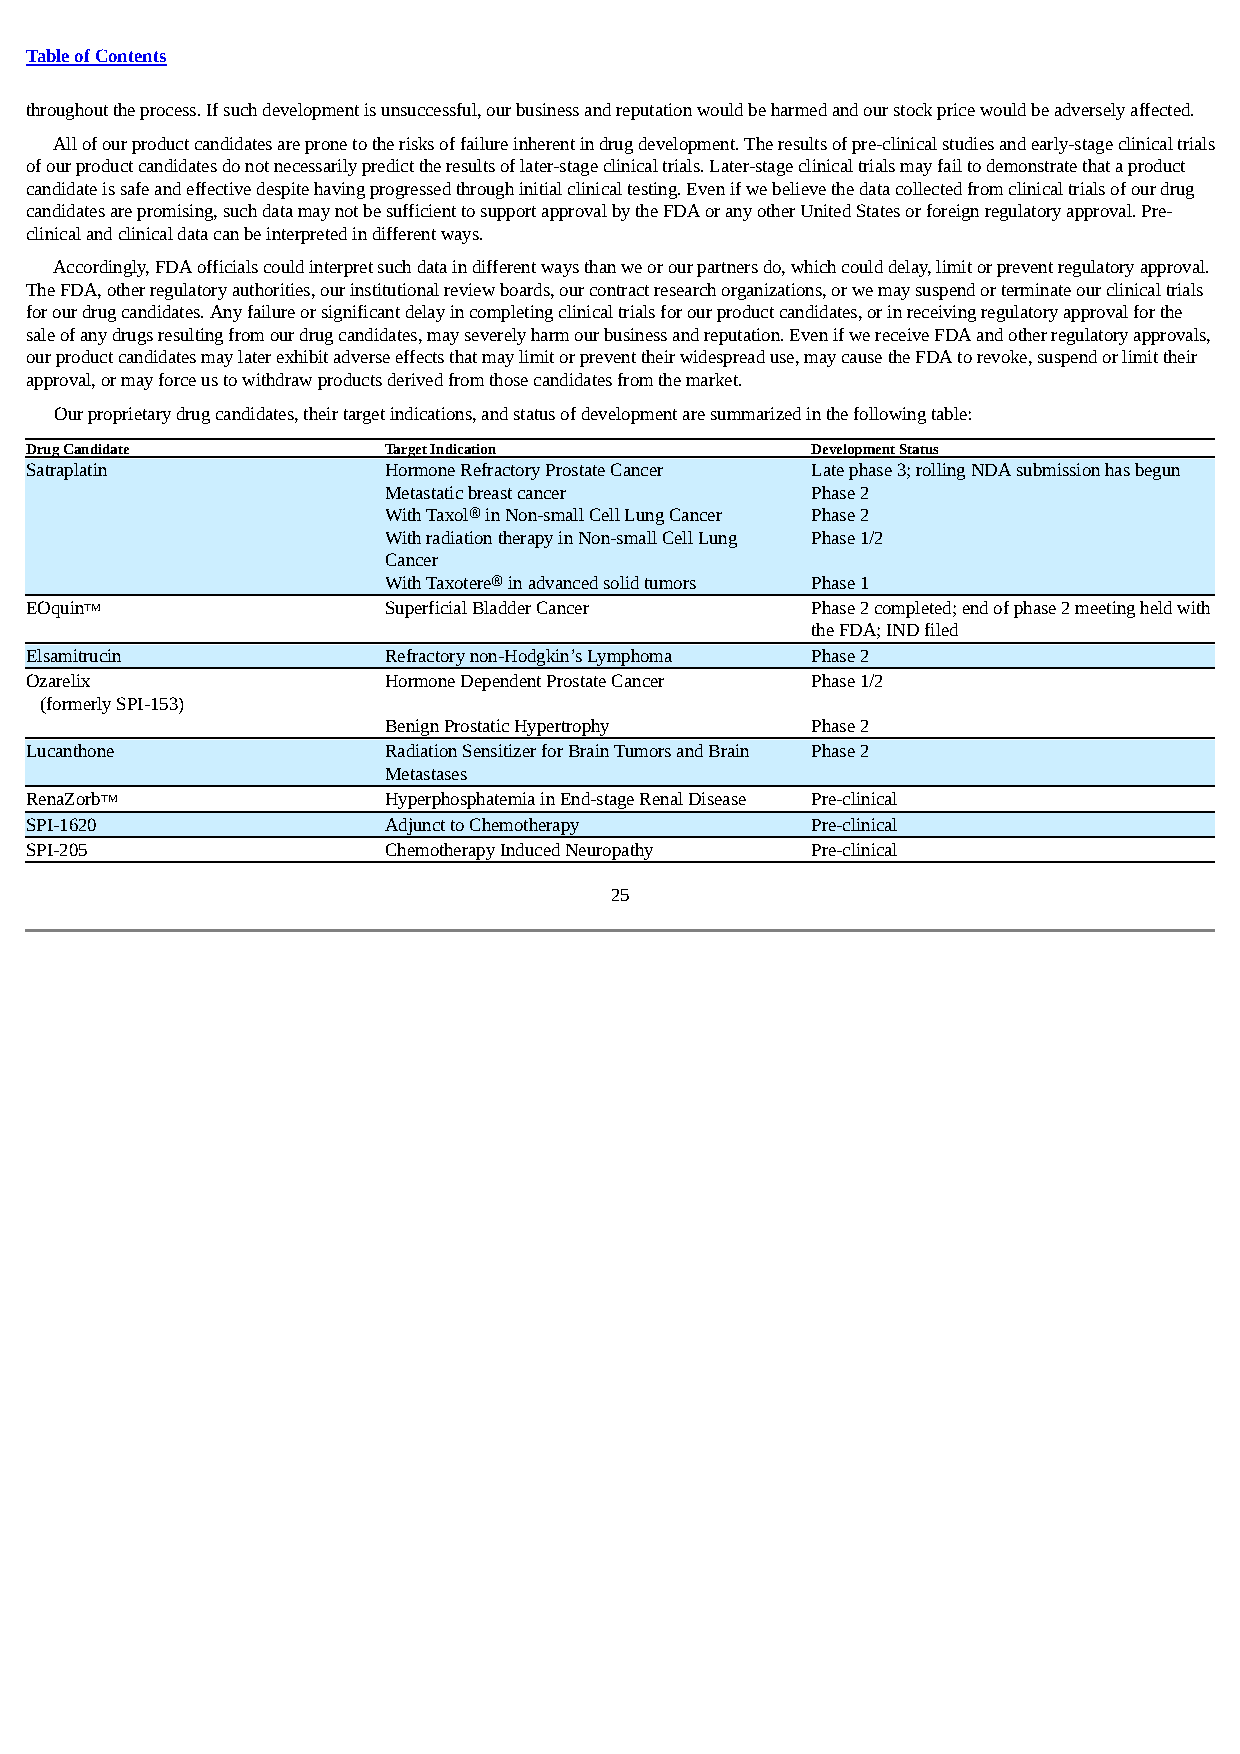
Table of Contents
 throughout the process. If such development is unsuccessful, our business and reputation would be harmed and our stock price would be adversely affected.
 All of our product candidates are prone to the risks of failure inherent in drug development. The results of pre-clinical studies and early-stage clinical trials
 of our product candidates do not necessarily predict the results of later-stage clinical trials. Later-stage clinical trials may fail to demonstrate that a product
 candidate is safe and effective despite having progressed through initial clinical testing. Even if we believe the data collected from clinical trials of our drug
 candidates are promising, such data may not be sufficient to support approval by the FDA or any other United States or foreign regulatory approval. Pre-
 clinical and clinical data can be interpreted in different ways.
 Accordingly, FDA officials could interpret such data in different ways than we or our partners do, which could delay, limit or prevent regulatory approval.
 The FDA, other regulatory authorities, our institutional review boards, our contract research organizations, or we may suspend or terminate our clinical trials
 for our drug candidates. Any failure or significant delay in completing clinical trials for our product candidates, or in receiving regulatory approval for the
 sale of any drugs resulting from our drug candidates, may severely harm our business and reputation. Even if we receive FDA and other regulatory approvals,
 our product candidates may later exhibit adverse effects that may limit or prevent their widespread use, may cause the FDA to revoke, suspend or limit their
 approval, or may force us to withdraw products derived from those candidates from the market.
 Our proprietary drug candidates, their target indications, and status of development are summarized in the following table:
 Drug Candidate         Target Indication            Development Status
 Satraplatin            Hormone Refractory Prostate Cancer Late phase 3; rolling NDA submission has begun
 Metastatic breast cancer     Phase 2
 With Taxol® in Non-small Cell Lung Cancer Phase 2
 With radiation therapy in Non-small Cell Lung Phase 1/2
 Cancer
 With Taxotere® in advanced solid tumors Phase 1
 EOquinTM               Superficial Bladder Cancer   Phase 2 completed; end of phase 2 meeting held with
 the FDA; IND filed
 Elsamitrucin           Refractory non-Hodgkin’s Lymphoma Phase 2
 Ozarelix               Hormone Dependent Prostate Cancer Phase 1/2
 (formerly SPI-153)
 Benign Prostatic Hypertrophy Phase 2
 Lucanthone             Radiation Sensitizer for Brain Tumors and Brain Phase 2
 Metastases
 RenaZorbTM             Hyperphosphatemia in End-stage Renal Disease Pre-clinical
 SPI-1620               Adjunct to Chemotherapy      Pre-clinical
 SPI-205                Chemotherapy Induced Neuropathy Pre-clinical
 25